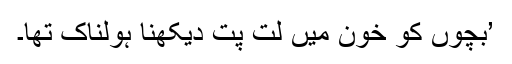
’بچوں کو خون میں لت پت دیکھنا ہولناک تھا۔